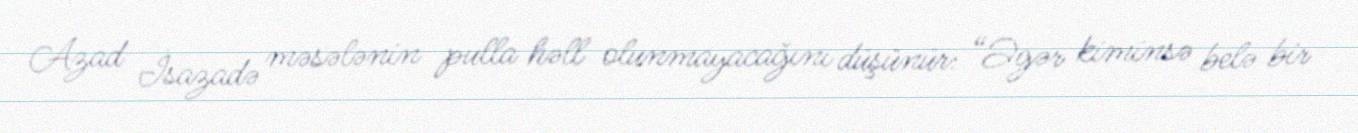
Azad İsazadə məsələnin pulla həll olunmayacağını düşünür: “Əgər kiminsə belə bir